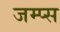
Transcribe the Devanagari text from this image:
जम्प्स